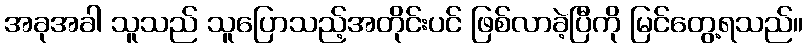
အခုအခါ သူသည် သူပြောသည့်အတိုင်းပင် ဖြစ်လာခဲ့ပြီကို မြင်တွေ့ရသည်။